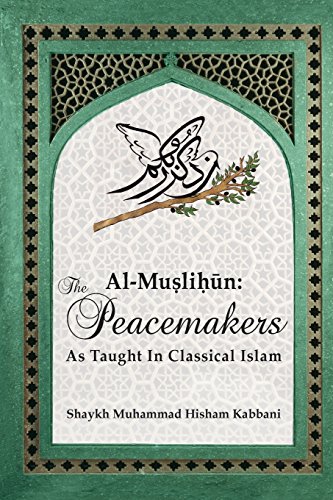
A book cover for Al-Muslihun: The Peacemakers As Taught In Classical Islam; Shaykh Muhammad Hisham Kabbani; Religion & Spirituality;